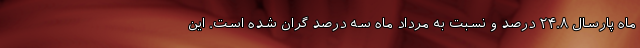
ماه پارسال ۲۴.۸ درصد و نسبت به مرداد ماه سه درصد گران شده است. این